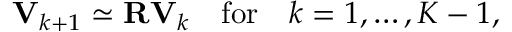
\mathbf { { V } } _ { k + 1 } \simeq \mathbf { { R } } \mathbf { { V } } _ { k } \quad \mathrm { f o r } \quad k = 1 , \ldots , K - 1 ,